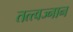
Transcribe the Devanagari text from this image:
तत्त्वज्नान